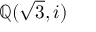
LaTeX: \mathbb { Q } ( { \sqrt { 3 } } , i )